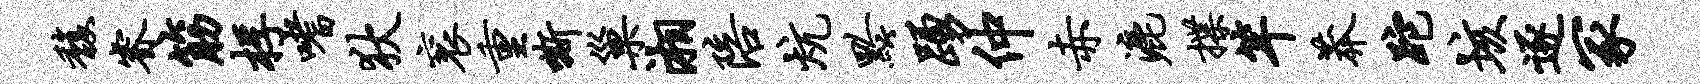
馥睿筋桴嗜狄衮重嘶巢湘陪炕黔踊仲赤漉揲竿莽跎垓逐冢